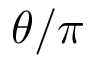
\theta / \pi